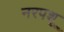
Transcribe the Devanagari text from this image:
नरपशू